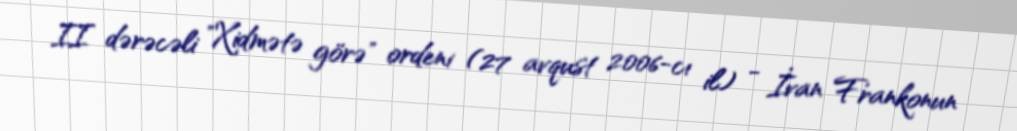
II dərəcəli "Xidmətə görə" ordeni (27 avqust 2006-cı il) - İvan Frankonun